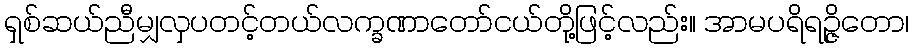
ရှစ်ဆယ်ညီမျှလှပတင့်တယ်လက္ခဏာတော်ငယ်တို့ဖြင့်လည်း။ အာမပရိရဉ္ဇိတော၊